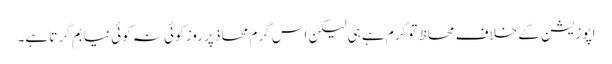
اپوزیشن کے خلاف محاظ تو گرم ہے ہی لیکن اس گرم محاذ پر روز کوئی نہ کوئی نیا بم گر تا ہے۔